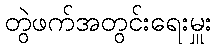
တွဲဖက်အတွင်းရေးမှူး